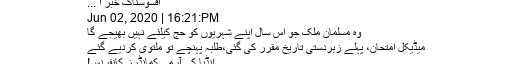
افسوسناک خبر آ ...
Jun 02, 2020 | 16:21:PM
وہ مسلمان ملک جو اس سال اپنے شہریوں کو حج کیلئے نہیں بھیجے گا
میڈیکل امتحان، پہلے زبردستی تاریخ مقرر کی گئی،طلبہ پہنچے تو ملتوی کردیے گئے
انڈیا کی آرمی کمانڈرز کانفرنس!